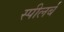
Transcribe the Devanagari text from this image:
स्पीलर्ब